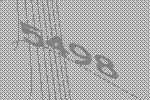
5498